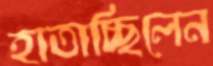
হাতাচ্ছিলেন